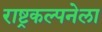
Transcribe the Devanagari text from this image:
राष्ट्रकल्पनेला